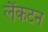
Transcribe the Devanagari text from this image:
लैंकटन